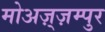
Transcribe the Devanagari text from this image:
मोअज़्ज़म्पुर